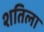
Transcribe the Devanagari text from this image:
शतिला